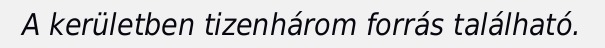
A kerületben tizenhárom forrás található.